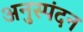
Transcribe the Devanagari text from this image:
अनुस्पंदन